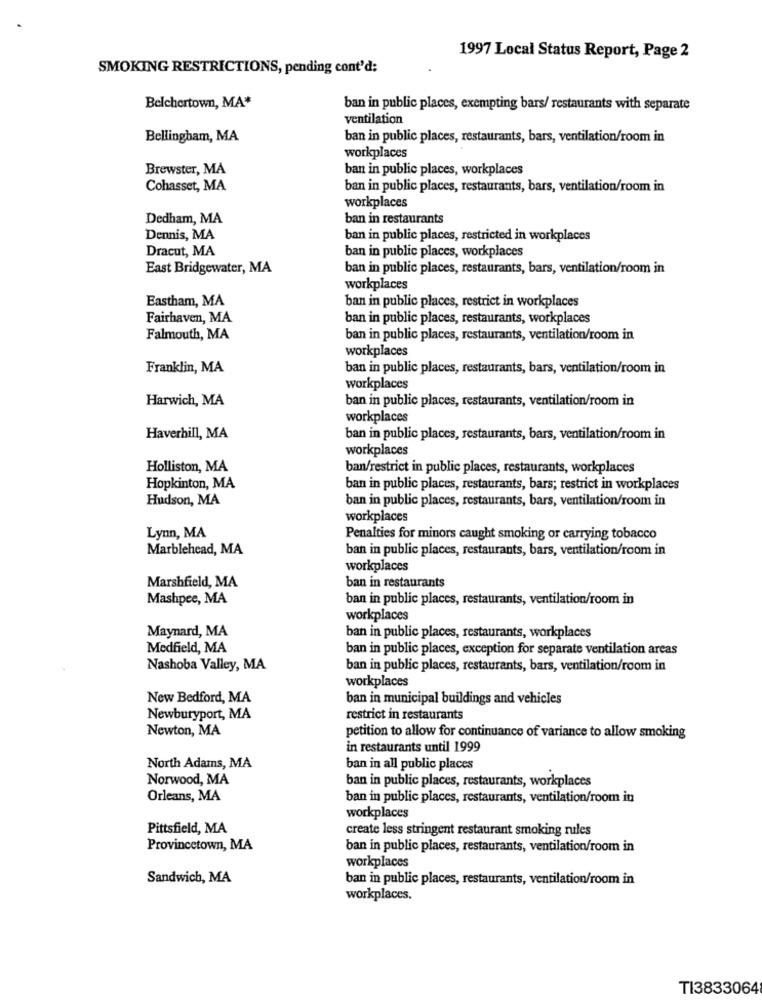
1997 Local Status Report, Page 2
SMOKING RESTRICTIONS, pending cont'd;
Belchertown, MA*
ban in public places, exempting bars/ restaurants with separate
ventilation
Bellingham, MA
ban in public places, restaurants, bars, ventilation/room in
workplaces
Brewster, MA
ban in public places, workplaces
Cohasset, MA
ban in public places, restaurants, bars, ventilation/room in
workplaces
Dedham, MA
ban in restaurants
Dennis, MA
ban in public places, restricted in workplaces
Dracut, MA
ban in public places, workplaces
East Bridgewater, MA
ban in public places, restaurants, bars, ventilation/room in
workplaces
Eastham, MA
ban in public places, restrict in workplaces
Fairhaven, MA
ban in public places, restaurants, workplaces
Falmouth, MA
ban in public places, restaurants, ventilation/room in
workplaces
Franklin, MA
ban in public places, restaurants, bars, ventilation/room in
workplaces
Harwich, MA
ban in public places, restaurants, ventilation/room in
workplaces
Haverhill, MA
ban in public places, restaurants, bars, ventilation/room in
workplaces
Holliston, MA
ban/restrict in public places, restaurants, workplaces
Hopkinton, MA
ban in public places, restaurants, bars; restrict in workplaces
Hudson, MA
ban in public places, restaurants, bars, ventilation/room in
workplaces
Lynn, MA
Penalties for minors caught smoking or carrying tobacco
Marblehead, MA
ban in public places, restaurants, bars, ventilation/room in
workplaces
ban in restaurants
Marshfield, MA
Mashpee, MA
ban in public places, restaurants, ventilation/room in
workplaces
Maynard, MA
ban in public places, restaurants, workplaces
Medfield, MA
ban in public places, exception for separate ventilation areas
Nashoba Valley, MA
ban in public places, restaurants, bars, ventilation/room in
workplaces
New Bedford, MA
ban in municipal buildings and vehicles
Newburyport, MA
restrict in restaurants
Newton, MA
petition to allow for continuance of variance to allow smoking
in restaurants until 1999
North Adams, MA
ban in all public places
Norwood, MA
ban in public places, restaurants, workplaces
Orleans, MA
ban in public places, restaurants, ventilation/room in
workplaces
Pittsfield, MA
create less stringent restaurant smoking rules
Provincetown, MA
ban in public places, restaurants, ventilation/room in
workplaces
Sandwich, MA
ban in public places, restaurants, ventilation/room in
workplaces.
TI3833064